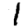
Digit: 1